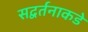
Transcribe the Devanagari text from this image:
सद्वर्तनाकडे